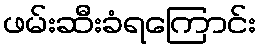
ဖမ်းဆီးခံရကြောင်း